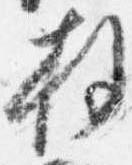
拝